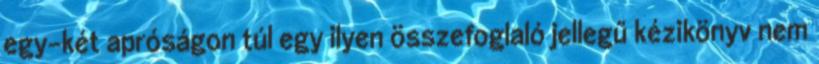
egy-két apróságon túl egy ilyen összefoglaló jellegű kézikönyv nem